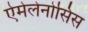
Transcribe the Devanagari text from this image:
ऐमेलेनोसिस